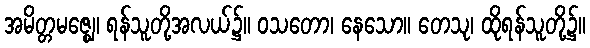
အမိတ္တမဇ္ဈေ၊ ရန်သူတို့အလယ်၌။ ဝသတော၊ နေသော။ တေသု၊ ထိုရန်သူတို့၌။